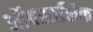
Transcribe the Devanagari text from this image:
ऑक्सालिक